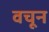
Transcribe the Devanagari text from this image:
वचून